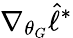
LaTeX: \nabla_{\theta_{G}}\hat{\ell}^{*}